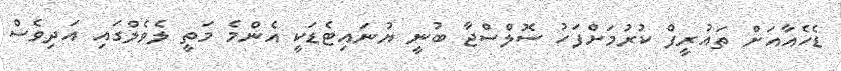
ޑެހެއާއަށް ތައުރީފް ކުރުމަށްފަހު ސޮލްސްޖާ ބުނީ ޔުނައިޓެޑަކީ އެންމެ މަތީ ލެވެލްގައި އަދިވެސް